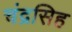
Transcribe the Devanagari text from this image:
चंद्रसिह